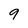
Character: 9